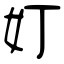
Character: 奵